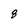
Character: 8